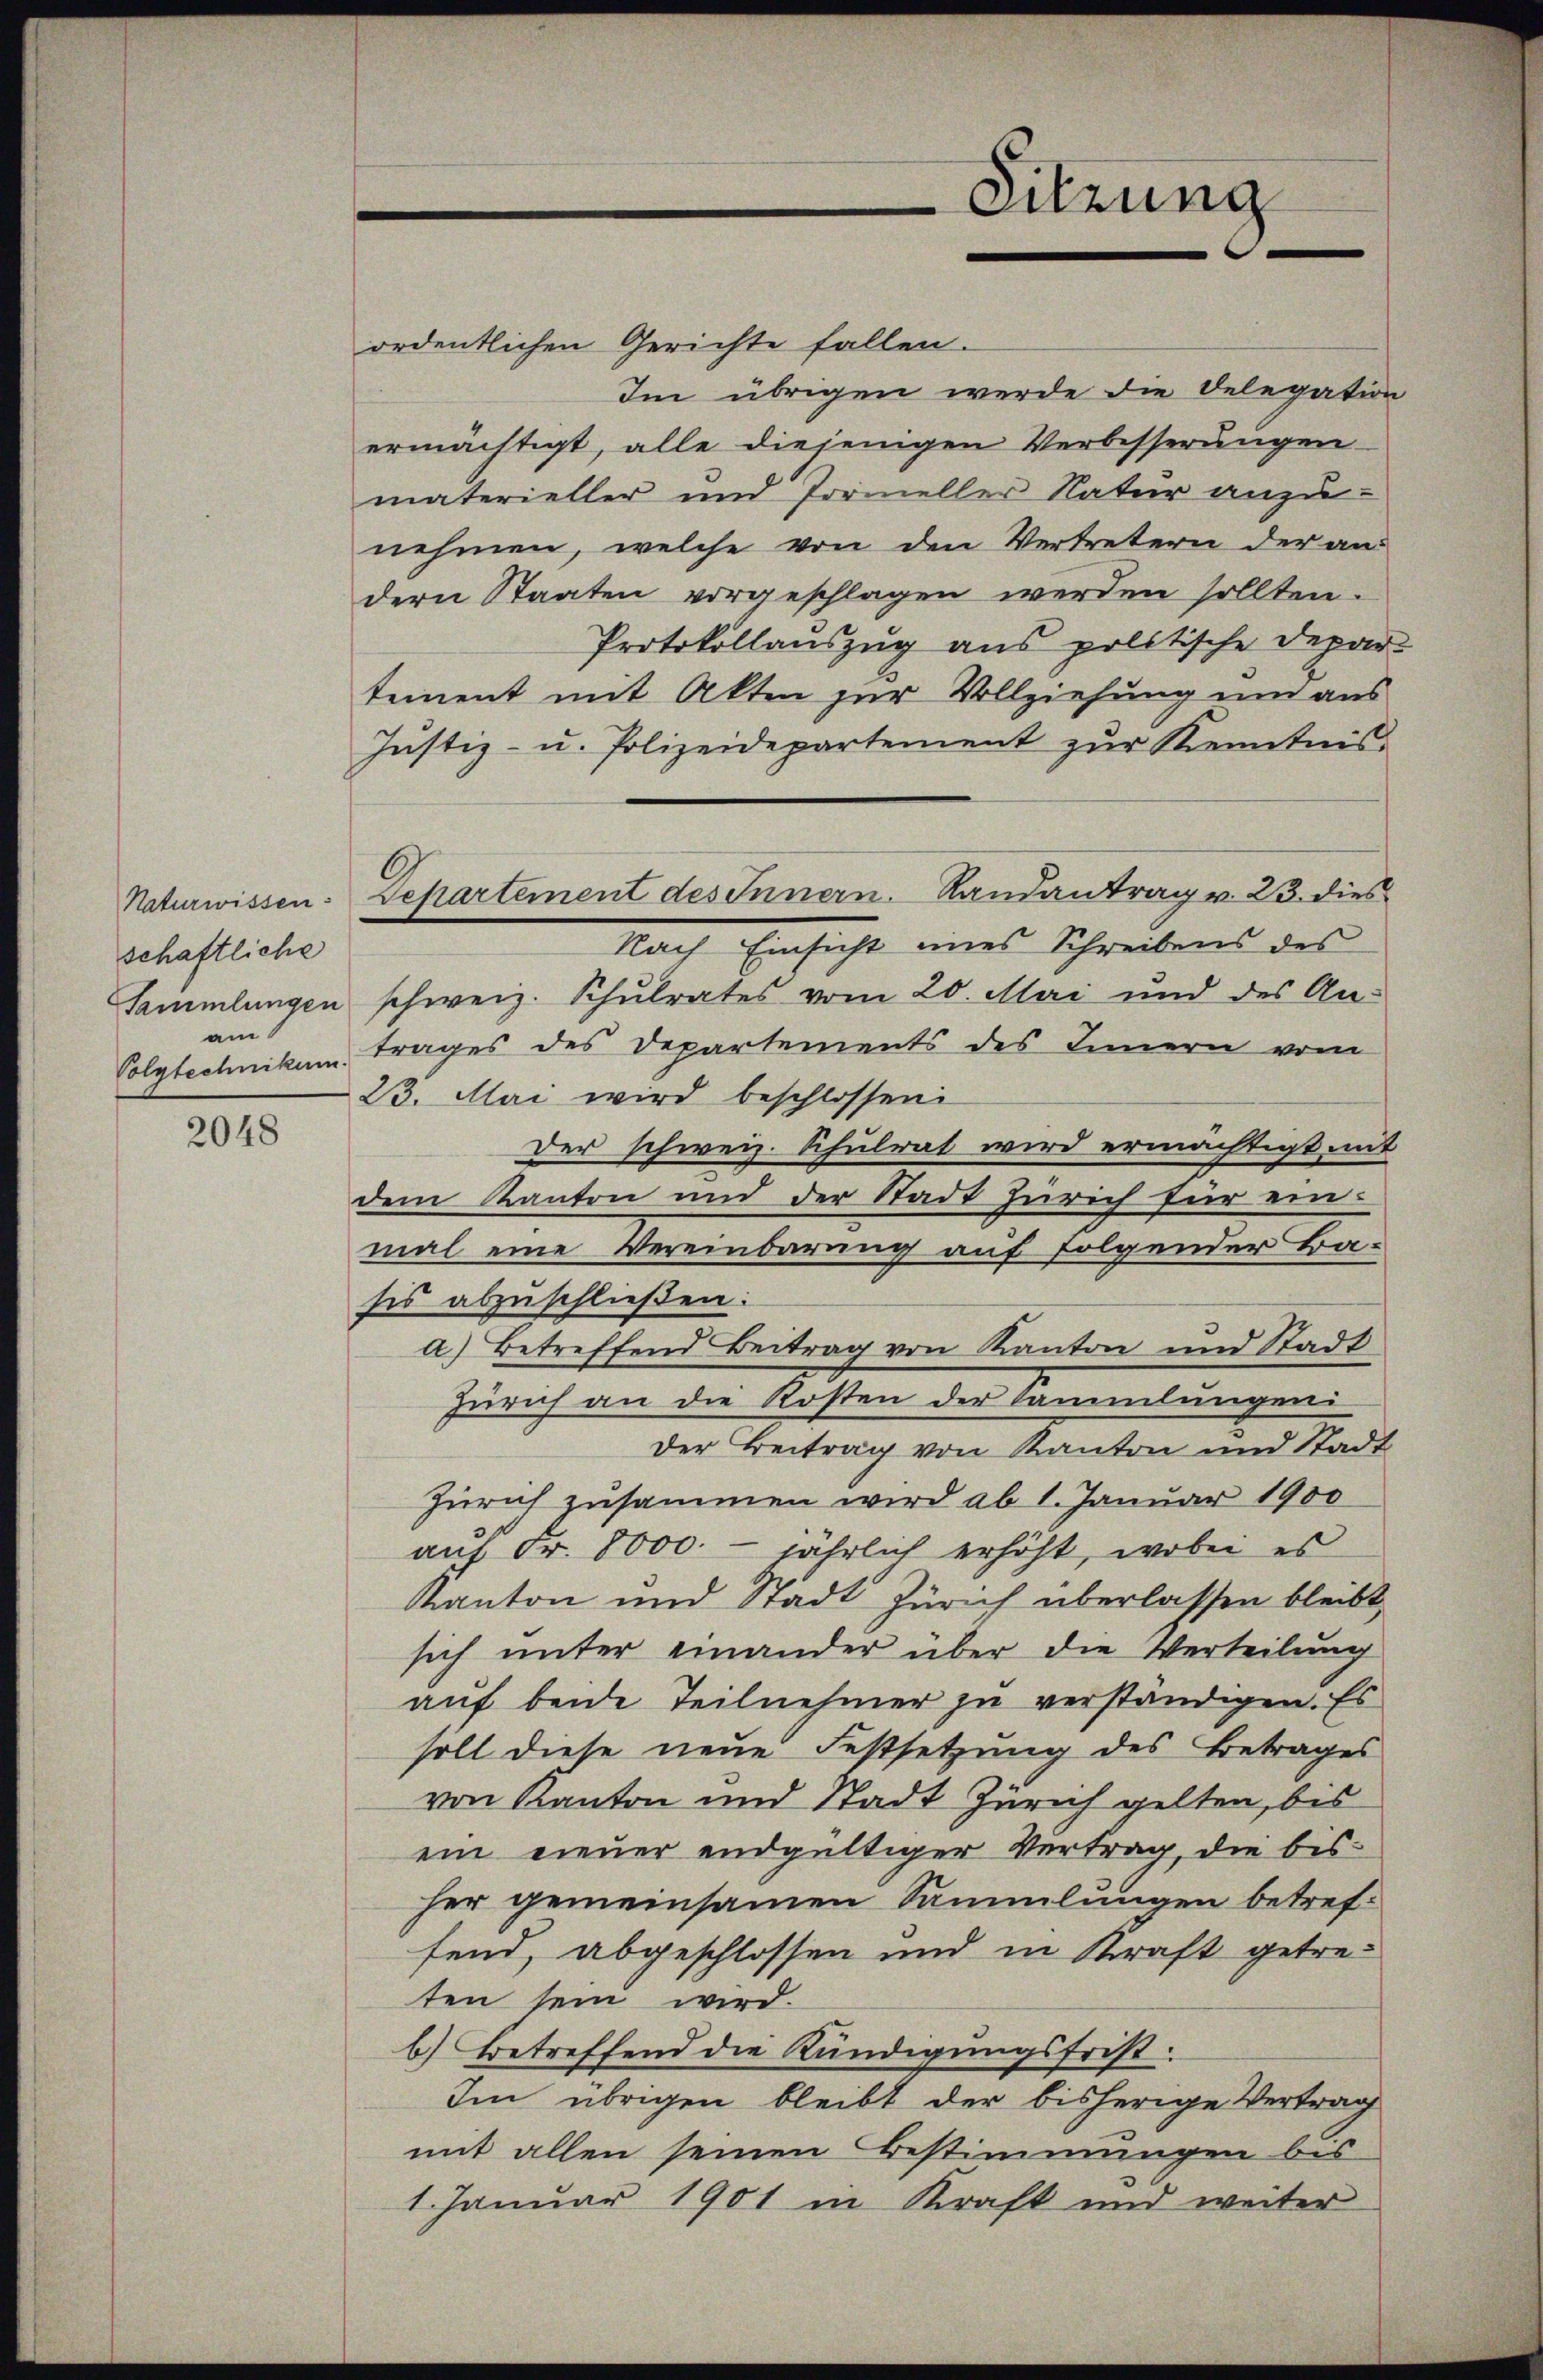
Naturwissen:
schaftliche
Sammlungen
am
Polytechnikum.

2048

ordentlichen Gerichte fallen.
Im übrigen werde die Delegation
ermächtigt, alle diejenigen Verbesserungen
materieller und Pormeller Natur anzu-
nehmen, welche von den Vertretern der an
dern Staaten vorgeschlagen werden sollten.
Protokollauszug aus politische Depar-
tement mit Akten zur Vollziehung um aus
Justiz- u. Polizeidepartement zur Kenntnis
Nach Einsicht eines Schreibens des
schweiz. Schulrates vom 20. Mai und des An-
trages des Departements des Innern vom
23. Mai wird beschlossen:
Der schweiz. Schulrat wird ermächtigt mit
dem Kanton und der Stadt Zürich für einmal eine Vereinbarung auf folgender Ba-
sis abzuschließen:
a) Betreffend Beitrag von Kanton und Stadt
Zürich an die Kosten der Sammlungeni
Der Beitrag von Kanton und Stadt
Zürich zusammen wird ab 1. Januar 1900
auf Fr. 8000. - jährlich erhöht, wobei es
Kanton und Stadt Zürich überlassen bleibt,
sich unter einander über die Verteilung
auf beide Teilnehmer zu verständigen. Es
soll diese neue Festsetzung des Betrages
von Kanton und Stadt Zürich gelten, bis
ein neuer endgültiger Vertrag, die bisher gemeinsamen Sammlungen betreffend, abgeschlossen und in Kraft getreten sein wird.
b.) Betreffend die Kündigungsfrist.
Im übrigen bleibt der bisherige Vertrag
mit allen seinen Bestimmungen bis
1. Januar 1901 in Kraft und weiter

Departement des Innern. Landantrag v. 23. dies

-Sitzung